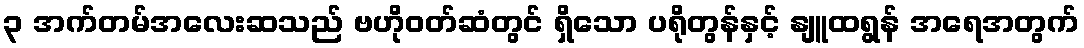
၃ အက်တမ်အလေးဆသည် ဗဟိုဝတ်ဆံတွင် ရှိသော ပရိုတွန်နှင့် နျူထရွန် အရေအတွက်